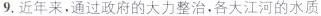
9.近年来，通过政府的大力整治，各大江河的水质